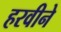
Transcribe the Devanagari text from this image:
हरवीने